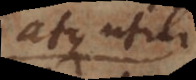
atque utili